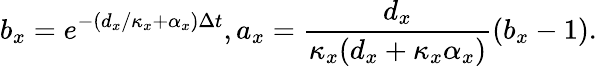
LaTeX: b_{x}=e^{-(d_{x}/\kappa_{x}+\alpha_{x})\Delta t},a_{x}=\frac{d_{x}}{\kappa_{x}(d_{x}+\kappa_{x}\alpha_{x})}(b_{x}-1).